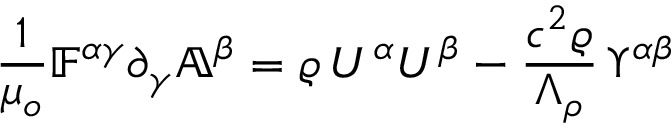
\frac { 1 } { \mu _ { o } } \mathbb { F } ^ { \alpha \gamma } \partial _ { \gamma } \mathbb { A } ^ { \beta } = \varrho \, U ^ { \alpha } U ^ { \beta } - \frac { c ^ { 2 } \varrho } { \Lambda _ { \rho } } \, \Upsilon ^ { \alpha \beta }